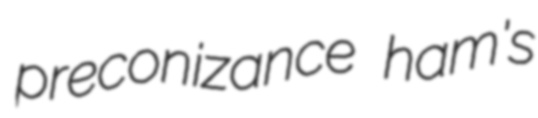
preconizance ham's